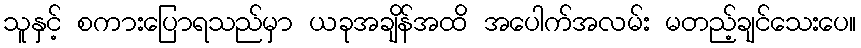
သူနှင့် စကားပြောရသည်မှာ ယခုအချိန်အထိ အပေါက်အလမ်း မတည့်ချင်သေးပေ။